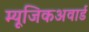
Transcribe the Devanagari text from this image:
म्यूजिकअवार्ड